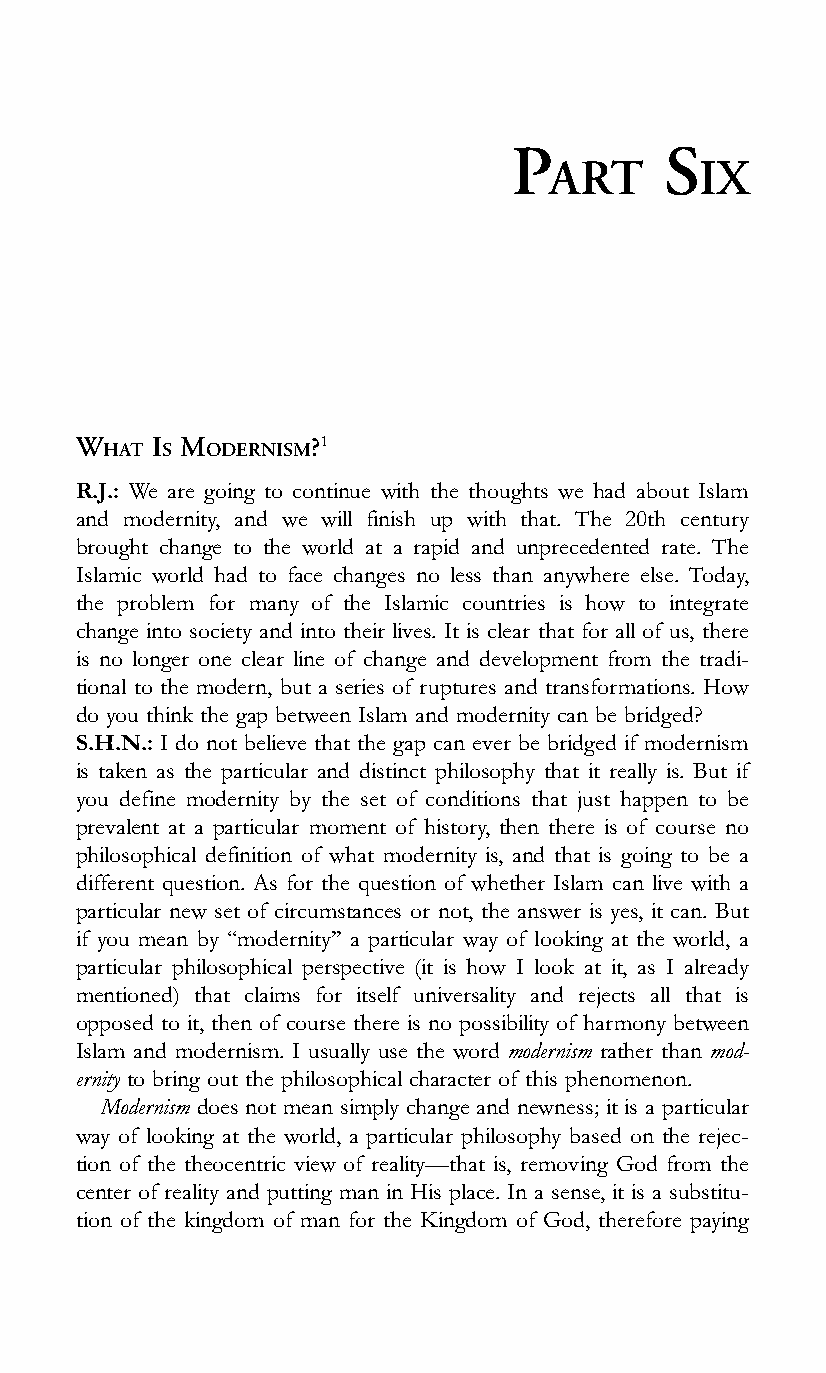
P         S
 ART       IX
 WHAT IS MODERNISM?1
 R.J.: We are going to continue with the thoughts we had about Islam
 and modernity, and we will finish up with that. The 20th century
 brought change to the world at a rapid and unprecedented rate. The
 Islamic world had to face changes no less than anywhere else. Today,
 the problem for many of the Islamic countries is how to integrate
 change into society and into their lives. It is clear that for all of us, there
 is no longer one clear line of change and development from the tradi-
 tional to the modern, but a series of ruptures and transformations. How
 do you think the gap between Islam and modernity can be bridged?
 S.H.N.: I do not believe that the gap can ever be bridged if modernism
 is taken as the particular and distinct philosophy that it really is. But if
 you define modernity by the set of conditions that just happen to be
 prevalent at a particular moment of history, then there is of course no
 philosophical definition of what modernity is, and that is going to be a
 different question. As for the question of whether Islam can live with a
 particular new set of circumstances or not, the answer is yes, it can. But
 if you mean by ‘‘modernity’’ a particular way of looking at the world, a
 particular philosophical perspective (it is how I look at it, as I already
 mentioned) that claims for itself universality and rejects all that is
 opposed to it, then of course there is no possibility of harmony between
 Islam and modernism. I usually use the word modernism rather than mod-
 ernity to bring out the philosophical character of this phenomenon.
 Modernism does not mean simply change and newness; it is a particular
 way of looking at the world, a particular philosophy based on the rejec-
 tion of the theocentric view of reality—that is, removing God from the
 center of reality and putting man in His place. In a sense, it is a substitu-
 tion of the kingdom of man for the Kingdom of God, therefore paying